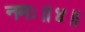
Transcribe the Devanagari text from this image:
नमः॥४॥